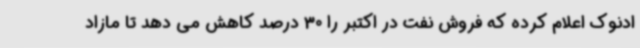
ادنوک اعلام کرده که فروش نفت در اکتبر را 30 درصد کاهش می دهد تا مازاد